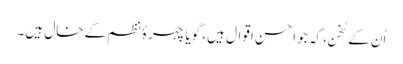
اُن کے سُخن، کہ جو احسنِ اقوال ہیں، گویا چہرۂ نظم کے خال ہیں۔